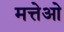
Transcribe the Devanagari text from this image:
मत्तेओ